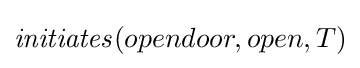
{\mathit {initiates}}(opendoor,open,T)